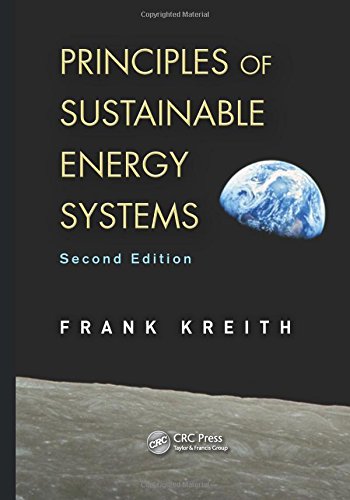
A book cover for Principles of Sustainable Energy Systems, Second Edition (Mechanical and Aerospace Engineering Series); Frank Kreith; Science & Math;